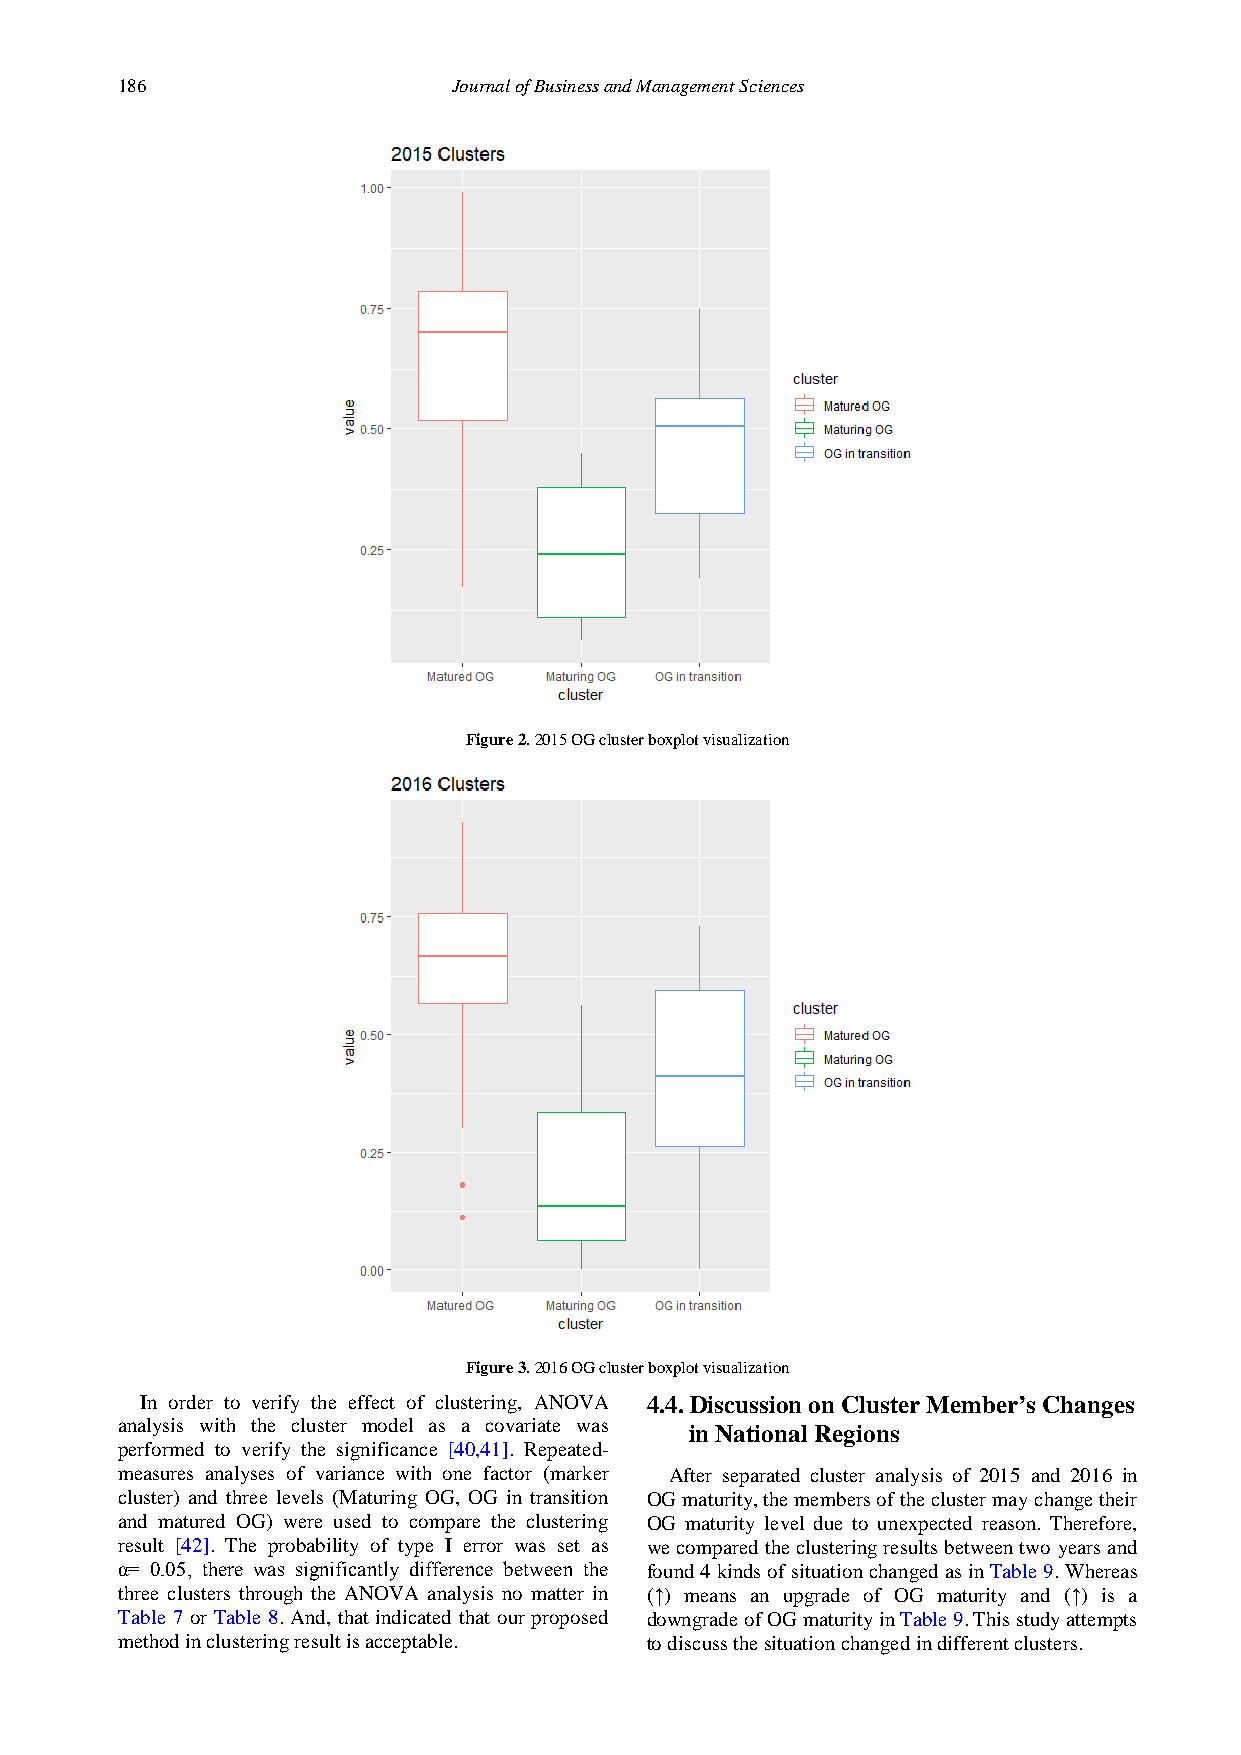
186                   Journal of Business and Management Sciences
 Figure 2. 2015 OG cluster boxplot visualization
 Figure 3. 2016 OG cluster boxplot visualization
 In order to verify the effect of clustering, ANOVA 4.4. Discussion on Cluster Member’s Changes
 analysis with the cluster model as a covariate was
 in National Regions
 performed to verify the significance [40,41]. Repeated-
 measures analyses of variance with one factor (marker After separated cluster analysis of 2015 and 2016 in
 cluster) and three levels (Maturing OG, OG in transition OG maturity, the members of the cluster may change their
 and matured OG) were used to compare the clustering OG maturity level due to unexpected reason. Therefore,
 result [42]. The probability of type I error was set as we compared the clustering results between two years and
 α= 0.05, there was significantly difference between the found 4 kinds of situation changed as in Table 9. Whereas
 three clusters through the ANOVA analysis no matter in (↑) means an upgrade of OG maturity and (↑) is a
 Table 7 or Table 8. And, that indicated that our proposed downgrade of OG maturity in Table 9. This study attempts
 method in clustering result is acceptable. to discuss the situation changed in different clusters.